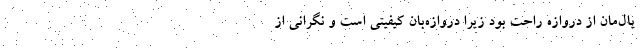
یال‌مان از دروازه راحت بود زیرا دروازه‌بان کیفیتی است و نگرانی از